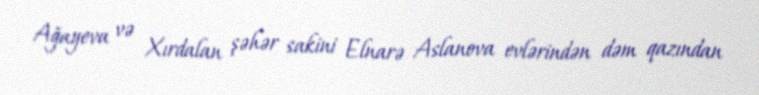
Ağayeva və Xırdalan şəhər sakini Elnarə Aslanova evlərindən dəm qazından